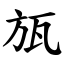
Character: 瓬